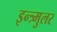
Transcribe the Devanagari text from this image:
इन्त्र्मुलर